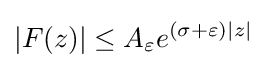
|F(z)|\leq A_{\varepsilon }e^{(\sigma +\varepsilon )|z|}